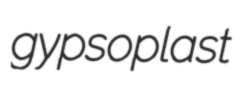
gypsoplast